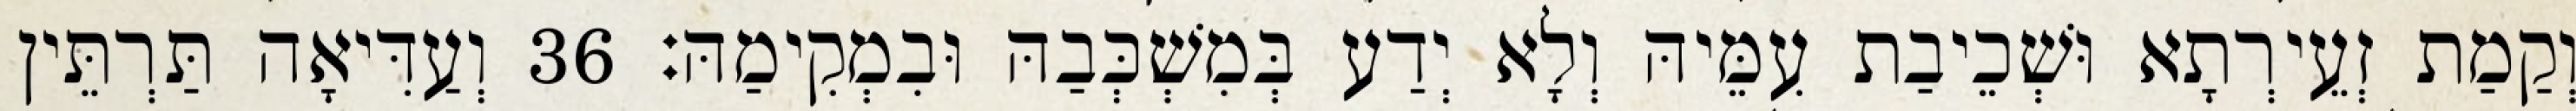
וְקַמַת זְעֵירְתָא וּשְׁכֵיבַת עִמֵּיהּ וְלָא יְדַע בְּמִשְׁכְּבַהּ וּבִמְקִימַהּ׃ 36 וְעַדִּיאָה תַּרְתֵּין